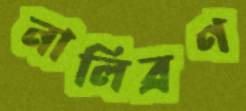
নালিব্রণ